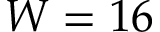
W = 1 6